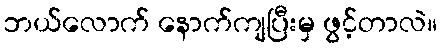
ဘယ်လောက် နောက်ကျပြီးမှ ဖွင့်တာလဲ။